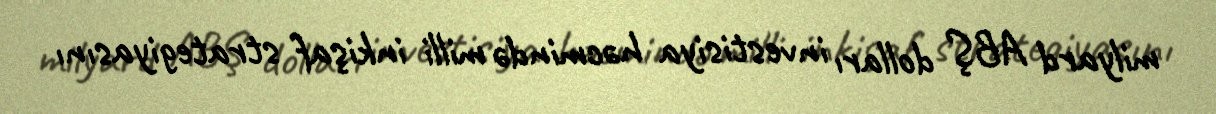
milyard ABŞ dolları investisiya həcmində milli inkişaf strategiyasını